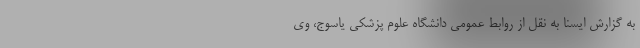
به گزارش ایسنا به نقل از روابط عمومی دانشگاه علوم پزشکی یاسوج، وی